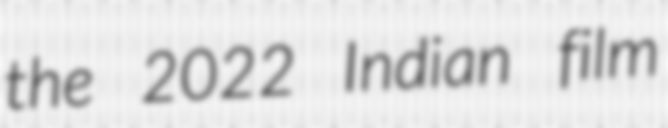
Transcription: the 2022 Indian film